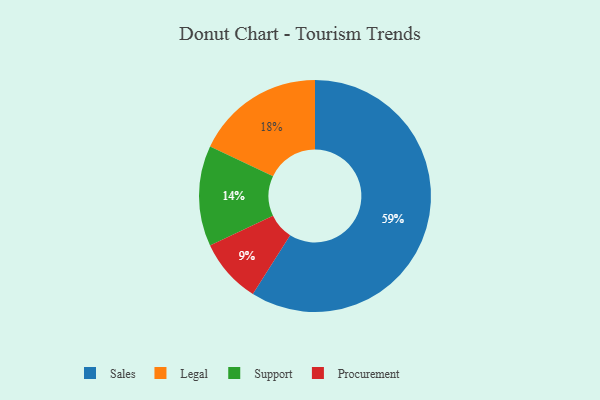
{"axis": {"x": "Category", "y": "Percentage"}, "legend": ["Legal", "Procurement", "Sales", "Support"], "data": [{"x": "Support", "y": 14, "type": "Support"}, {"x": "Legal", "y": 18, "type": "Legal"}, {"x": "Sales", "y": 59, "type": "Sales"}, {"x": "Procurement", "y": 9, "type": "Procurement"}]}